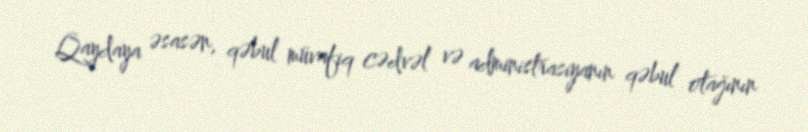
Qaydaya əsasən, qəbul müvafiq cədvəl və administrasiyanın qəbul otağının